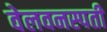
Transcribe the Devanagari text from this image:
वेलवनस्पती